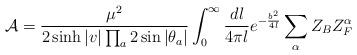
LaTeX: \begin{align*}{\cal A}=\frac {\mu^2}{2\sinh |v| \prod_a 2\sin |\theta_a|} \int_{0}^{\infty}\frac {dl}{4\pi l} e^{-\frac {b^2}{4 l}} \sum_\alpha Z_B Z^\alpha_F\end{align*}